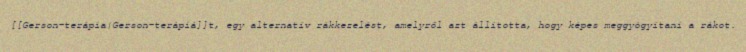
[[Gerson-terápia|Gerson-terápiá]]t, egy alternatív rákkezelést, amelyről azt állította, hogy képes meggyógyítani a rákot.